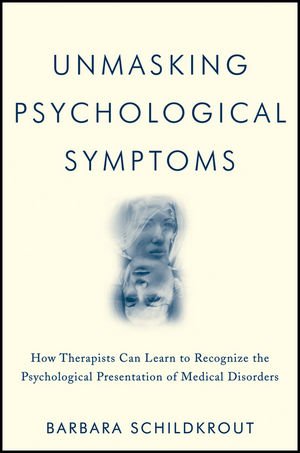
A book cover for Unmasking Psychological Symptoms: How Therapists Can Learn to Recognize the Psychological Presentation of Medical Disorders; Barbara Schildkrout; Health, Fitness & Dieting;